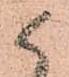
人